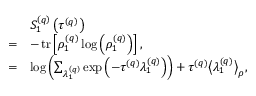
\begin{array} { r l } & { S _ { 1 } ^ { \left( q \right) } \left( \tau ^ { \left( q \right) } \right) } \\ { = } & { - \operatorname { t r } \left[ \rho _ { 1 } ^ { \left( q \right) } \log \left( \rho _ { 1 } ^ { \left( q \right) } \right) \right] , } \\ { = } & { \log \left( \sum _ { \lambda _ { 1 } ^ { \left( q \right) } } \exp \left( - \tau ^ { \left( q \right) } \lambda _ { 1 } ^ { \left( q \right) } \right) \right) + \tau ^ { \left( q \right) } \big \langle \lambda _ { 1 } ^ { \left( q \right) } \big \rangle _ { \rho } , } \end{array}